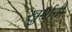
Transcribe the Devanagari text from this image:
खुर्मानी